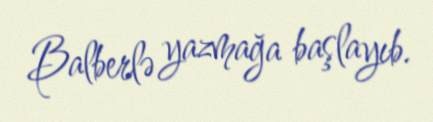
Balberlə yazmağa başlayıb.